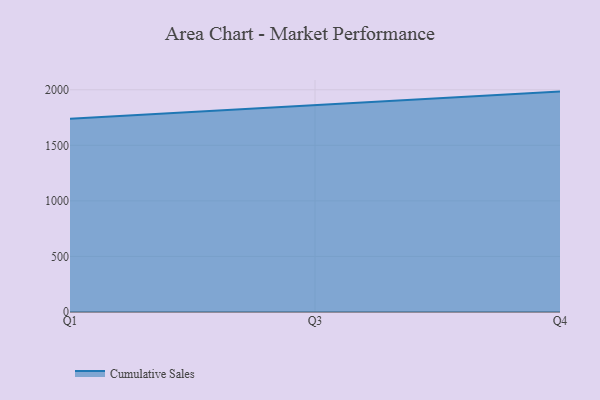
{"axis": {"x": "Quarter", "y": "Revenue (USD Million)"}, "legend": ["Cumulative Sales"], "data": [{"x": "Q1", "y": 1738.6, "type": "Cumulative Sales"}, {"x": "Q3", "y": 1861.9, "type": "Cumulative Sales"}, {"x": "Q4", "y": 1983.5, "type": "Cumulative Sales"}]}